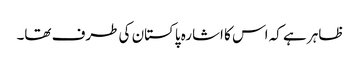
ظاہر ہے کہ اس کا اشارہ پاکستان کی طرف تھا۔